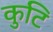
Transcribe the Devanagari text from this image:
कुटि